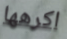
اكرهها